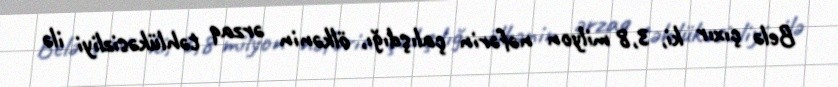
Belə çıxır ki, 3,8 milyon nəfərin çalışdığı, ölkənin ərzaq təhlükəsizliyi ilə